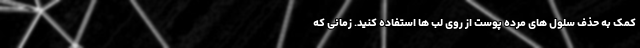
کمک به حذف سلول های مرده پوست از روی لب ها استفاده کنید. زمانی که